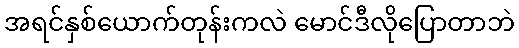
အရင်နှစ်ယောက်တုန်းကလဲ မောင်ဒီလိုပြောတာဘဲ